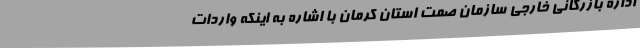
اداره بازرگانی خارجی سازمان صمت استان کرمان با اشاره به اینکه واردات